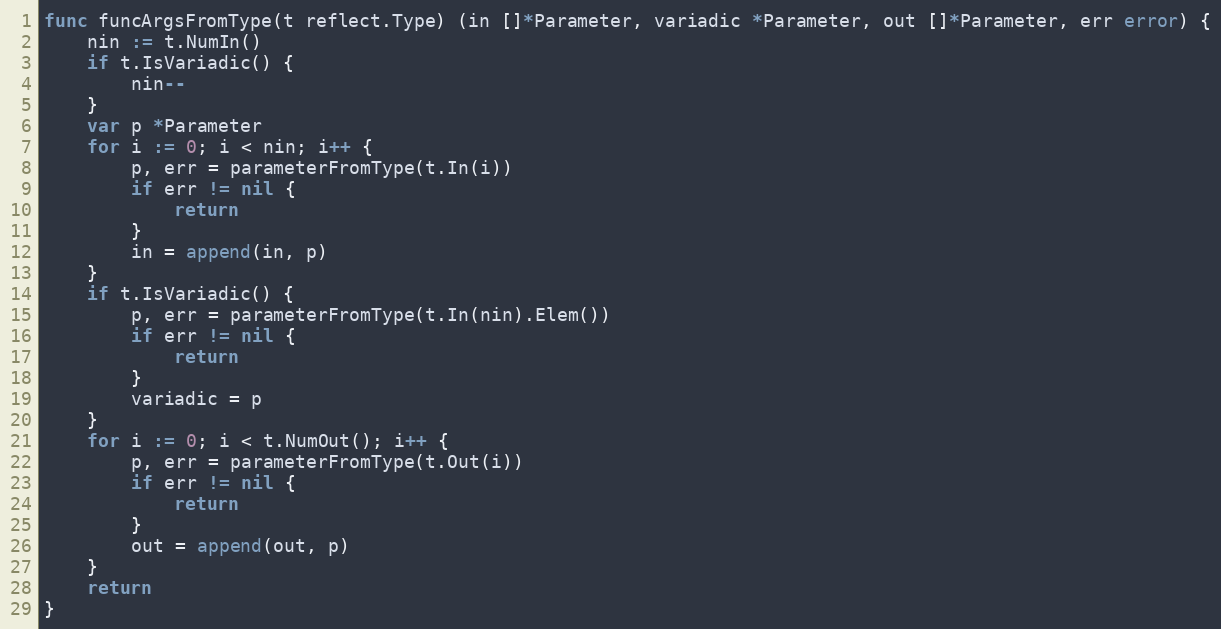
Language: Go
func funcArgsFromType(t reflect.Type) (in []*Parameter, variadic *Parameter, out []*Parameter, err error) {
	nin := t.NumIn()
	if t.IsVariadic() {
		nin--
	}
	var p *Parameter
	for i := 0; i < nin; i++ {
		p, err = parameterFromType(t.In(i))
		if err != nil {
			return
		}
		in = append(in, p)
	}
	if t.IsVariadic() {
		p, err = parameterFromType(t.In(nin).Elem())
		if err != nil {
			return
		}
		variadic = p
	}
	for i := 0; i < t.NumOut(); i++ {
		p, err = parameterFromType(t.Out(i))
		if err != nil {
			return
		}
		out = append(out, p)
	}
	return
}